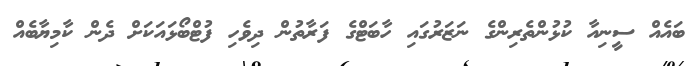
ބައެއް ސީނިއާ ކުޅުންތެރިންގެ ނަޒަރުގައި ހާބަޓްގެ ފަރާތުން ދިވެހި ފުޓްބޯޅައަކަށް ދެން ކާމިޔާބެއް